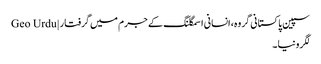
سپین پاکستانی گروہ، انسانی اسمگلنگ کے جرم میں گرفتار | Geo Urdu
لگرونیا۔